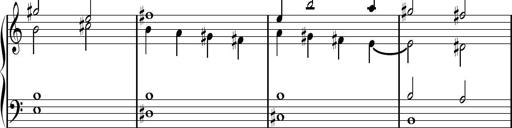
Title: Sonhatina
Composer: Davi Rocha
Key: C major